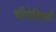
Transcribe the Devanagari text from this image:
चीजेविस्की